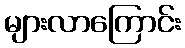
များလာကြောင်း